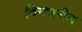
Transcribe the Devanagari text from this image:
विन्टरनीज